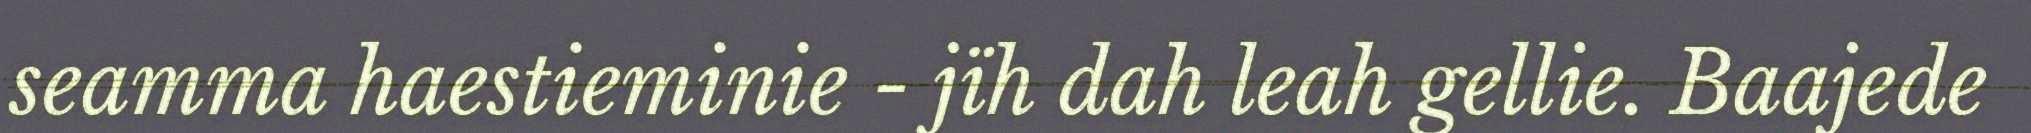
seamma haestieminie - jïh dah leah gellie. Baajede